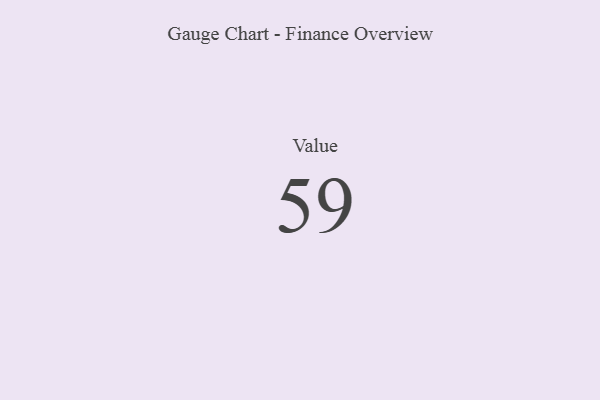
{"axis": {"x": "Metric", "y": "Value"}, "legend": [""], "data": [{"x": "Value", "y": 59, "type": ""}]}